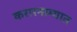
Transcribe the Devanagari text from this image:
करारनाम्यात